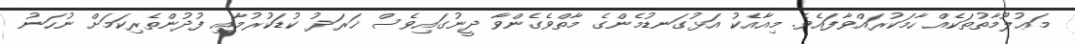
މަޢުލޫމާތުތަކެއް ހާމަކުރައްވާފައެވެ. މިއާއެކު އަޅުގަނޑުމެންގެ މާތްވެގެންވާ ދީނުގައިވެސް ޚަރަދު ކުޑަކުރުމާއި ފުދުންތެރިކަމަށް ނުހަނު